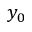
y _ { 0 }